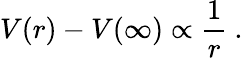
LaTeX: V(r)-V(\infty)\propto\frac{1}{r}~.